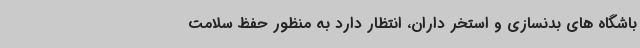
باشگاه های بدنسازی و استخر داران، انتظار دارد به منظور حفظ سلامت